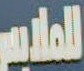
الملابس